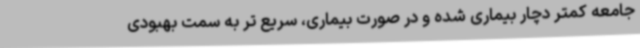
جامعه کمتر دچار بیماری شده و در صورت بیماری، سریع تر به سمت بهبودی